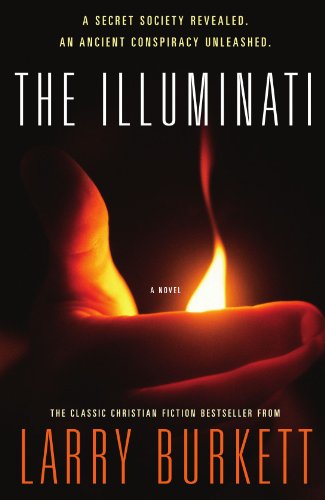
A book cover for The Illuminati: A Secret Society Revealed- An Ancient Conspiracy Unleashed; Larry Burkett; Christian Books & Bibles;